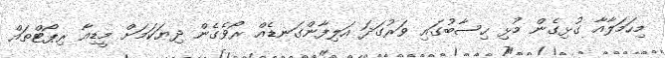
މިހަމަލާއާ ގުޅިގެން މުޅި ހިސާބުގައި ވަރުގަދަ އަލިފާންގަނޑެއް ރޯވެގެން ދިޔަކަމަށް މީޑިއާ ރިޕޯޓްތައް